38_143685_box_Incident_Summaries_173-233
Agency: Department of War
Page 82
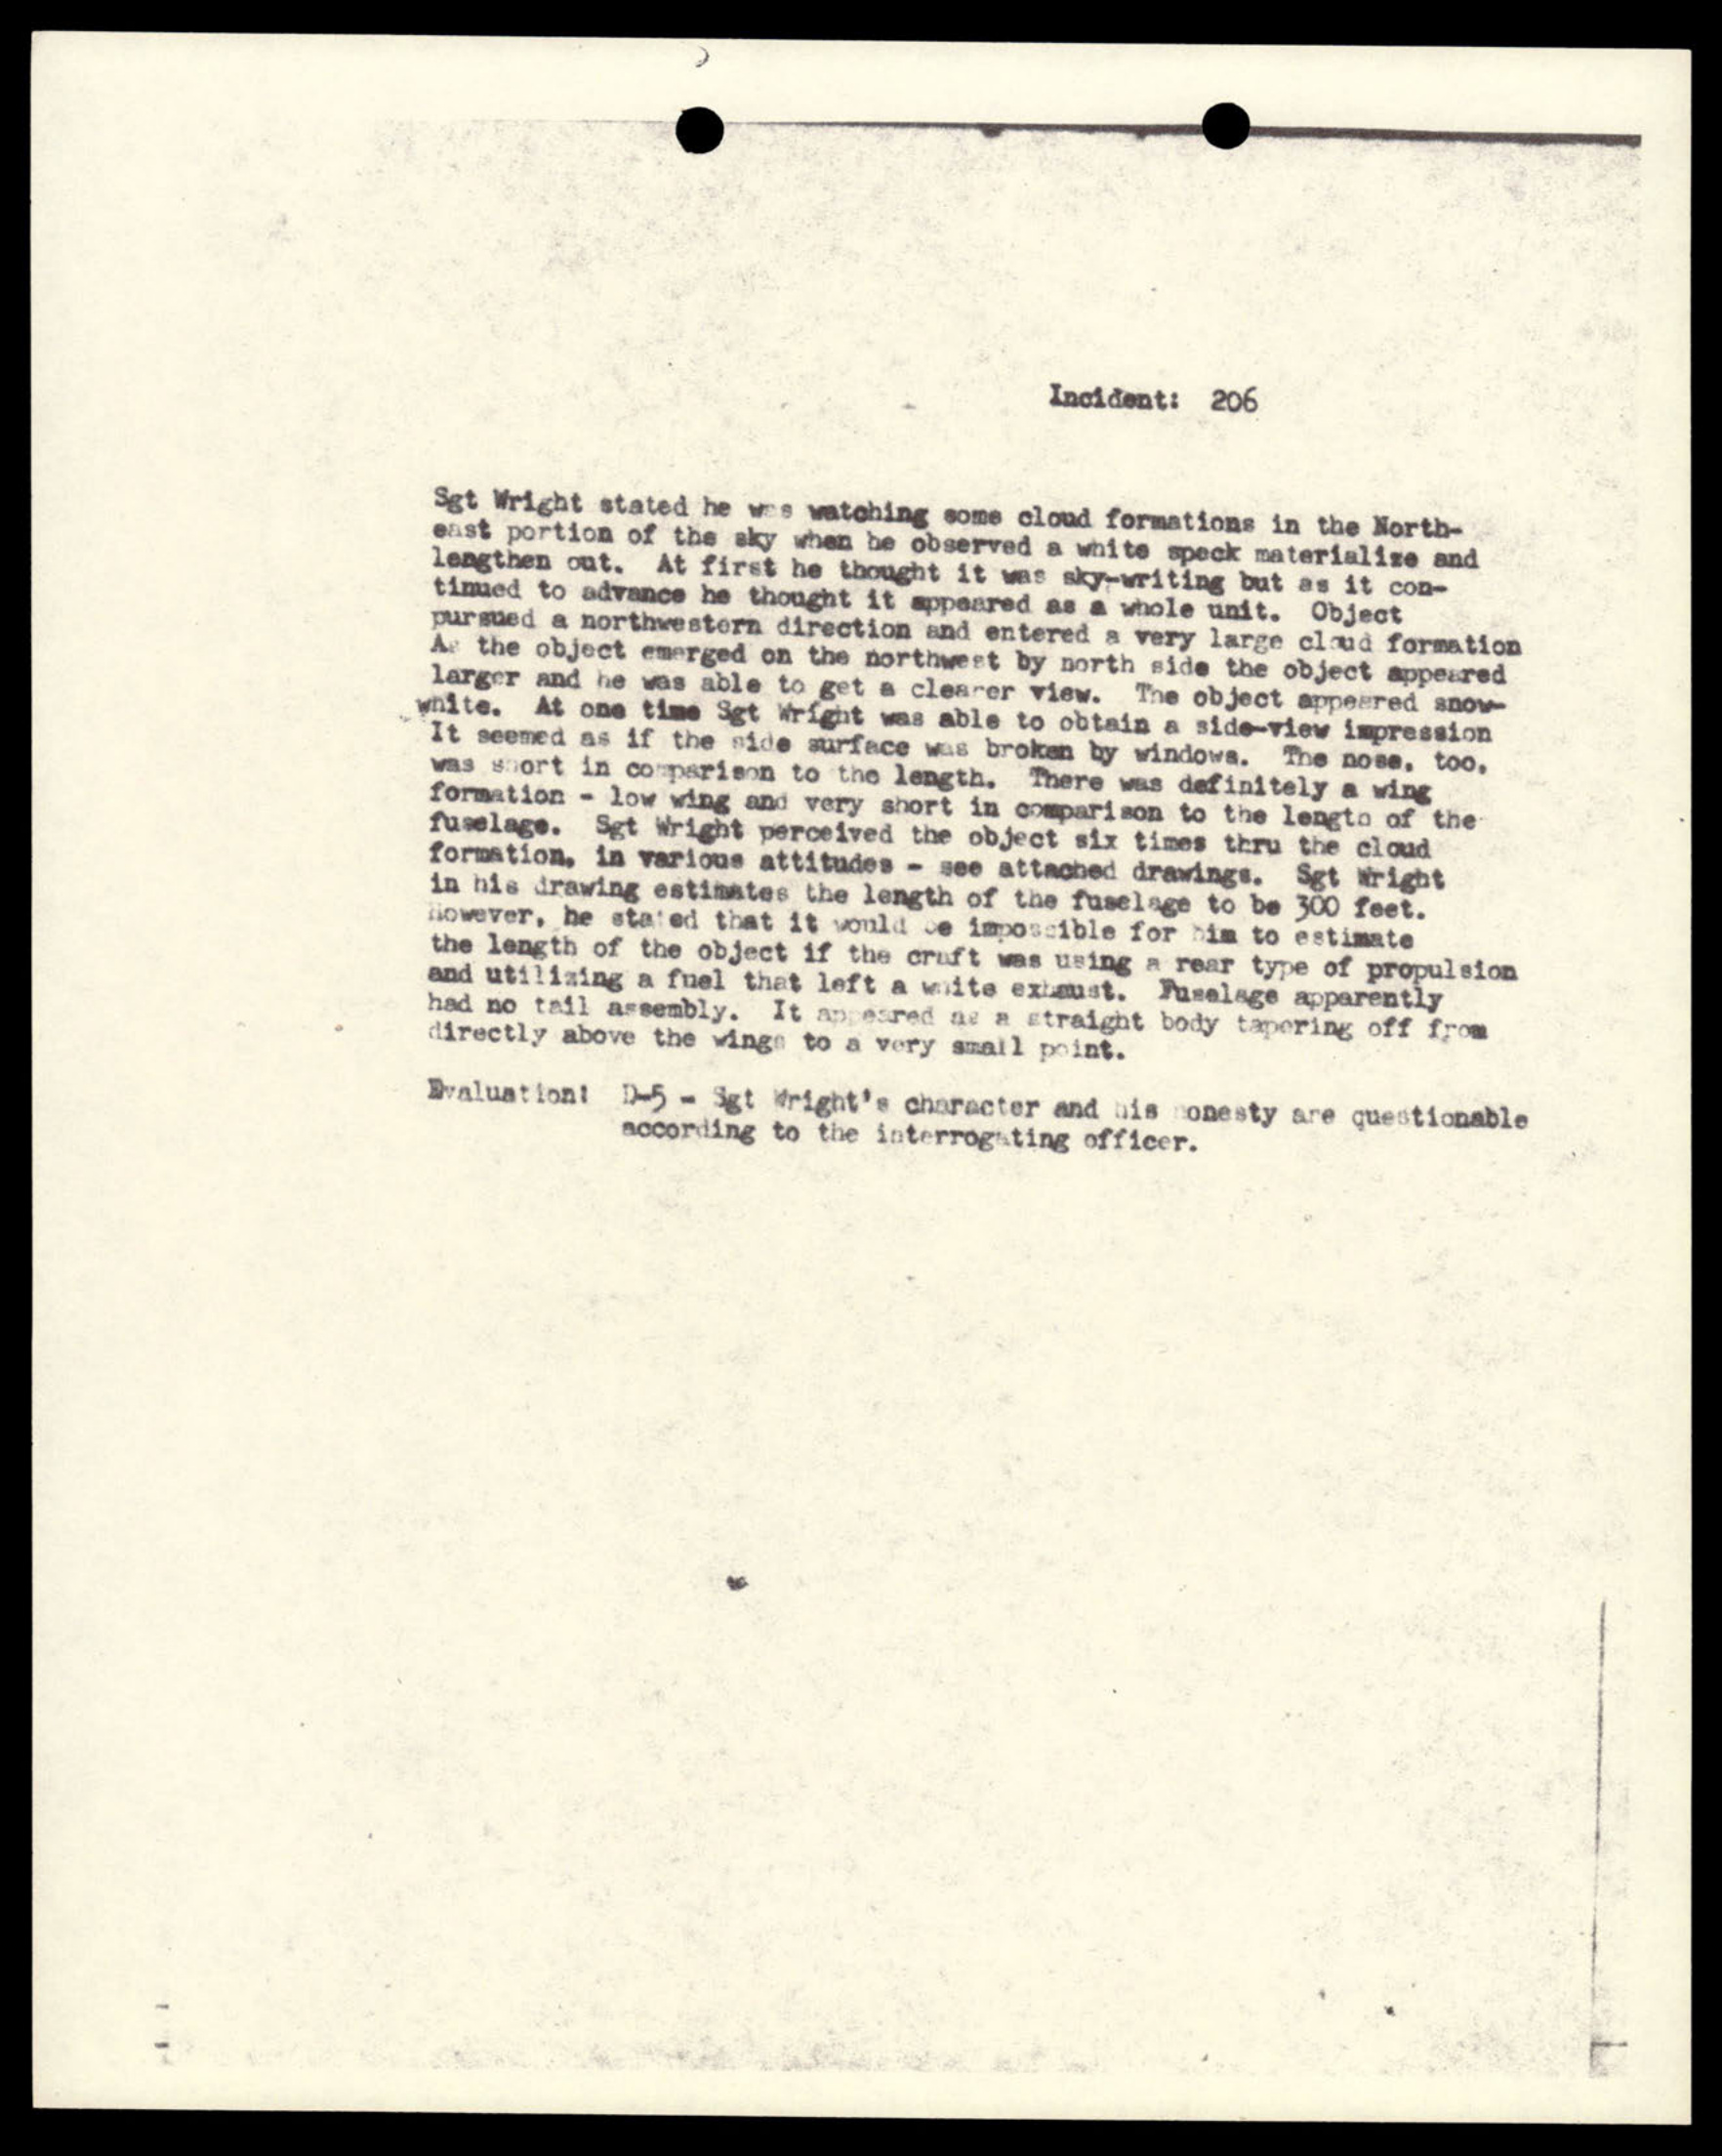